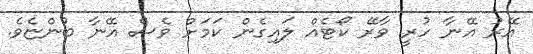
އޭރު އޭނާ ހުރީ ވާރޭ ކޯޓެއް ލައިގެން ކަމަށް ވެސް އޭނާ ބުންޏެވެ.